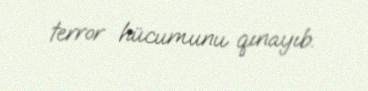
terror hücumunu qınayıb.